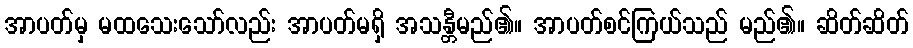
အာပတ်မှ မထသေးသော်လည်း အာပတ်မရှိ အသန္တီမည်၏။ အာပတ်စင်ကြယ်သည် မည်၏။ ဆိတ်ဆိတ်